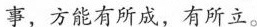
事，方能有所成，有所立。